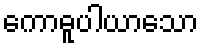
ကောဓူပါယာသော